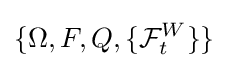
\{\Omega ,F,Q,\{{\mathcal {F}}_{t}^{W}\}\}